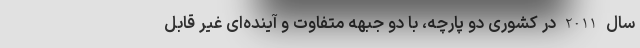
سال 2011 در کشوری دو پارچه، با دو جبهه متفاوت و آینده‌ای غیر قابل